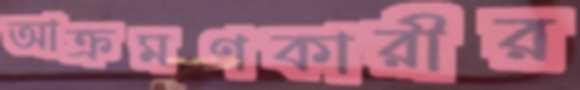
আক্রমণকারীর